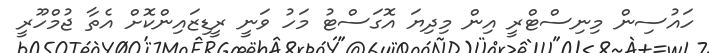
ހައުސިން މިނިސްޓްރީ އިން މިދިޔަ އޮގަސްޓު މަހު ވަނީ ރީޑިޒައިންކޮށް އެތާ ޖުމްހޫރީ